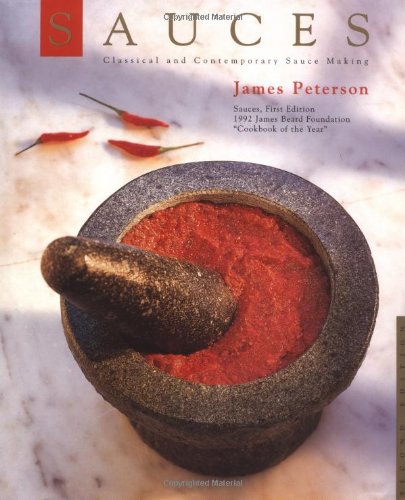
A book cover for Sauces: Classical and Contemporary Sauce Making; James Peterson; Cookbooks, Food & Wine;